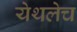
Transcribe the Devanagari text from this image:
येथलेच